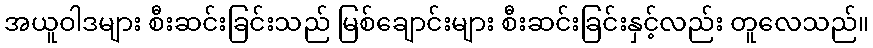
အယူဝါဒများ စီးဆင်းခြင်းသည် မြစ်ချောင်းများ စီးဆင်းခြင်းနှင့်လည်း တူလေသည်။